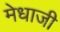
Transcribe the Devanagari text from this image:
मेधाजी